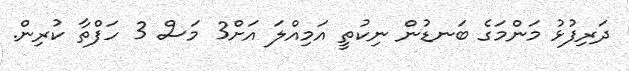
ދަރިފުޅު މަންމަގެ ބަނޑުން ނިކުތީ އަމިއްލަ އަށް3 މަސް 3 ހަފްތާ ކުރިން.